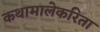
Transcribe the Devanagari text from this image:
कथामालेकरिता